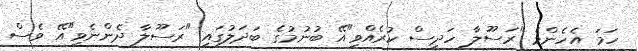
ހަމަ އެހެންމެ "ރަސޫލާ ހަދީސް ކުރެއްވި"އޭ ބުނުމުގެ ބަދަލުގައި "ރަސޫލާ ދެންނެވި"އޭ ވެސް